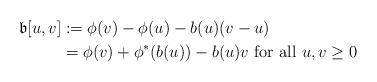
LaTeX: \begin{align*} \mathfrak{b}[u,v]&:=\phi(v)-\phi(u)-b(u)(v-u)\\ & = \phi(v)+\phi^*(b(u))-b(u)v\mbox{ for all }u,v\geq 0\end{align*}